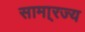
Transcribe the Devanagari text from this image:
सामा्रज्य